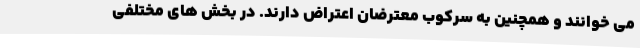
می خوانند و همچنین به سرکوب معترضان اعتراض دارند. در بخش های مختلفی